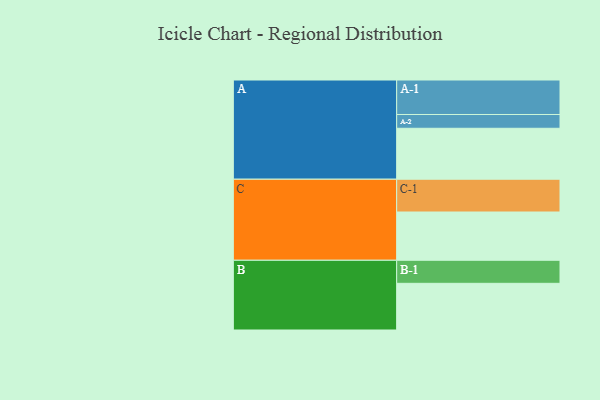
{"axis": {"x": "Segment", "y": "Value"}, "legend": ["", "A", "B", "C"], "data": [{"x": "A", "y": 418, "type": ""}, {"x": "B", "y": 383, "type": ""}, {"x": "C", "y": 396, "type": ""}, {"x": "A-1", "y": 283, "type": "A"}, {"x": "A-2", "y": 113, "type": "A"}, {"x": "B-1", "y": 189, "type": "B"}, {"x": "C-1", "y": 269, "type": "C"}]}